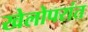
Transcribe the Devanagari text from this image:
खेलोपरांत